画像に写った文字を読んでください
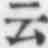
「云」と書いてあります